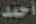
أحمد